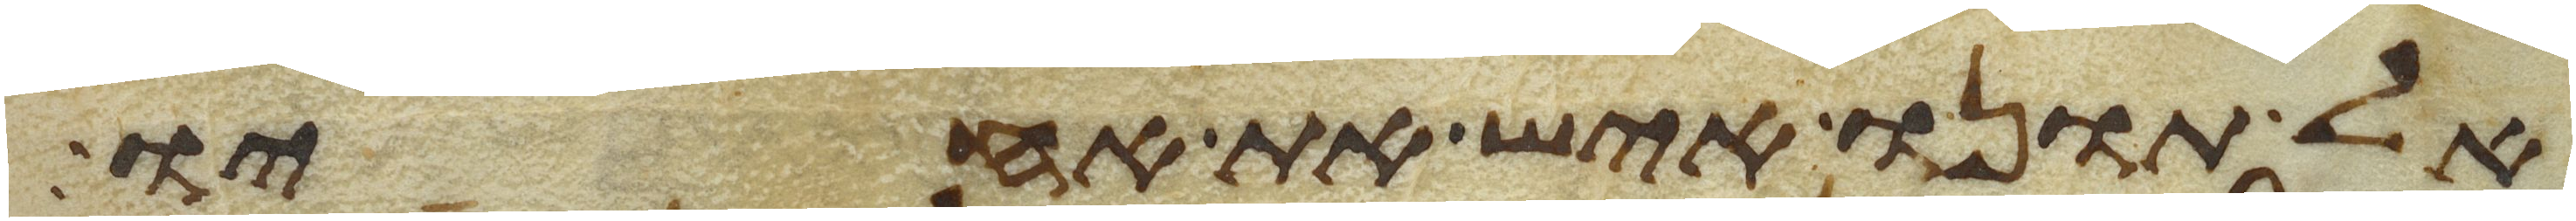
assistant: אל תונו איש את אחיו